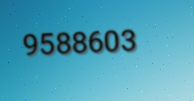
9588603